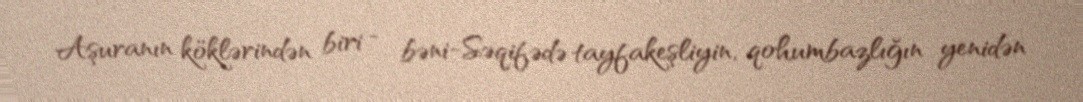
Aşuranın köklərindən biri - bəni-Səqifədə tayfakeşliyin, qohumbazlığın yenidən